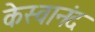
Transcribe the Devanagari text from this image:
केस्वानंद